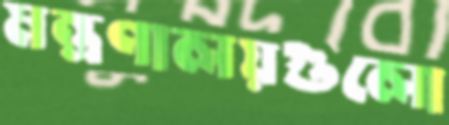
মন্ত্রণালয়গুলো